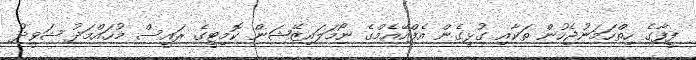
ފީފާގެ ހިތްހަމަނުޖެހުން ތަކާއި ގުޅިގެން އެފްއޭއެމްގެ ނޯމަލައިޒޭޝަން ކޮމިޓީގެ ރައީސް މުހައްމަދު ޝަވީދު